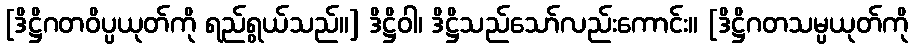
[ဒိဋ္ဌိဂတဝိပ္ပယုတ်ကို ရည်ရွယ်သည်။] ဒိဋ္ဌိဝါ၊ ဒိဋ္ဌိသည်သော်လည်းကောင်း။ [ဒိဋ္ဌိဂတသမ္ပယုတ်ကို